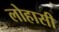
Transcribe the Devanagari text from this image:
लोहासी